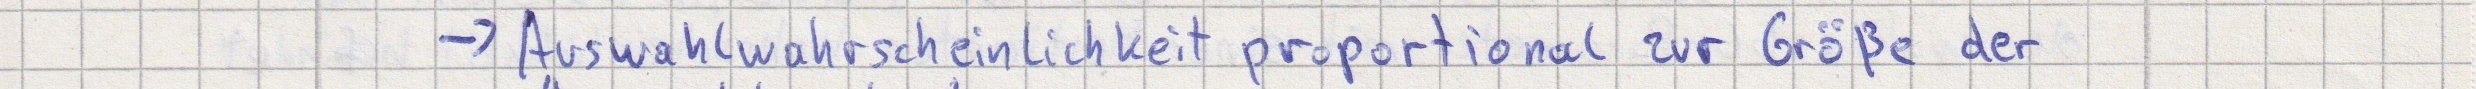
-> Auswahlwahrscheinlichkeit proportional zur Größe der